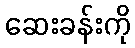
ဆေးခန်းကို